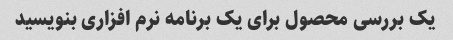
یک بررسی محصول برای یک برنامه نرم افزاری بنویسید